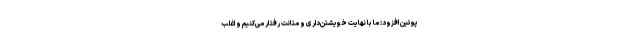
پوتین افزود: ما با نهایت خویشتن‌داری و متانت رفتار می‌کنیم و اغلب